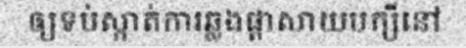
ឲ្យទប់ស្កាត់ការឆ្លងផ្តាសាយបក្សីនៅ